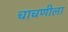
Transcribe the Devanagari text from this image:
चाचणीला